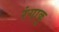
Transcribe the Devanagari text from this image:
रंगाकू